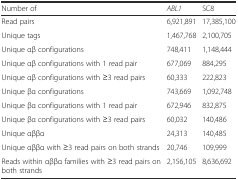
| Number of | ABL1 | SC8 |
 | --- | --- | --- |
 | Read pairs | 6,921,891 | 17,385,100 |
 | Unique tags | 1,467,768 | 2,100,705 |
 | Unique αβ configurations | 748,411 | 1,148,444 |
 | Unique αβ configurations with 1 read pair | 677,069 | 884,295 |
 | Unique αβ configurations with ≥3 read pairs | 60,333 | 222,823 |
 | Unique βα configurations | 743,669 | 1,092,748 |
 | Unique βα configurations with 1 read pair | 672,946 | 832,875 |
 | Unique βα configurations with ≥3 read pairs | 60,032 | 140,486 |
 | Unique αββα | 24,313 | 140,485 |
 | Unique αββα with ≥3 read pairs on both strands | 20,746 | 109,999 |
 | Reads within αββα families with ≥3 read pairs on both strands | 2,156,105 | 8,636,692 |